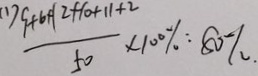
( 1 ) \frac { S + 6 \times 1 2 + 1 0 + + 1 1 + 2 } { 5 0 } \times 1 0 0 \% : 8 0 \%